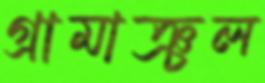
গ্রামাঞ্চল